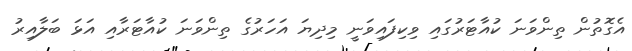
އެގޮތުން ތިންވަނަ ކުއާޓަރުގައި ވިކިފައިވަނީ މިދިޔަ އަހަރުގެ ތިންވަނަ ކުއާޓަރާއި އަޅަ ބަލާއިރު